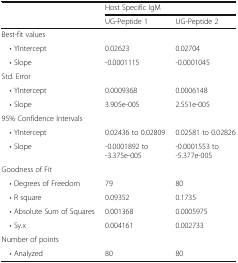
<table><thead><tr><td rowspan="2"></td><td colspan="2"><b>Host Specific IgM</b></td></tr><tr><td><b>UG-Peptide 1</b></td><td><b>UG-Peptide 2</b></td></tr></thead><tbody><tr><td colspan="3">Best-fit values</td></tr><tr><td> • YIntercept</td><td>0.02623</td><td>0.02704</td></tr><tr><td> • Slope</td><td>-0.0001115</td><td>-0.0001045</td></tr><tr><td colspan="3">Std. Error</td></tr><tr><td> • YIntercept</td><td>0.0009368</td><td>0.0006148</td></tr><tr><td> • Slope</td><td>3.905e-005</td><td>2.551e-005</td></tr><tr><td colspan="3">95% Confidence Intervals</td></tr><tr><td> • YIntercept</td><td>0.02436 to 0.02809</td><td>0.02581 to 0.02826</td></tr><tr><td> • Slope</td><td>-0.0001892 to -3.375e-005</td><td>-0.0001553 to -5.377e-005</td></tr><tr><td colspan="3">Goodness of Fit</td></tr><tr><td> • Degrees of Freedom</td><td>79</td><td>80</td></tr><tr><td> • R square</td><td>0.09352</td><td>0.1735</td></tr><tr><td> • Absolute Sum of Squares</td><td>0.001368</td><td>0.0005975</td></tr><tr><td> • Sy.x</td><td>0.004161</td><td>0.002733</td></tr><tr><td colspan="3">Number of points</td></tr><tr><td> • Analyzed</td><td>80</td><td>80</td></tr></tbody></table>